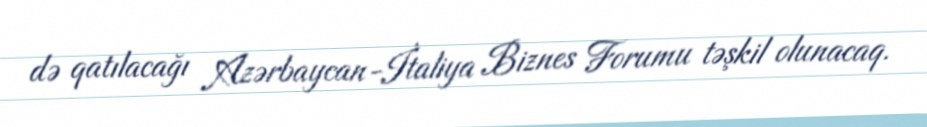
də qatılacağı Azərbaycan-İtaliya Biznes Forumu təşkil olunacaq.